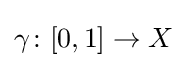
\gamma \colon [0,1]\to X